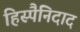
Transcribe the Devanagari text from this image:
हिस्पैनिदाद